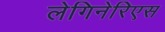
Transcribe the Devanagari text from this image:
लेगिनेरिएस